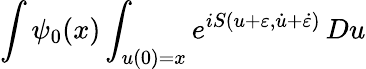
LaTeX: \int\psi_{0}(x)\int_{u(0)=x}e^{iS(u+\varepsilon,{\dot{u}}+{\dot{\varepsilon}})}\, Du